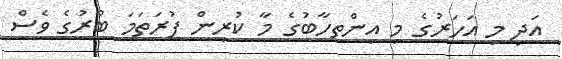
އަދި މި އަހަރުގެ މި އިންތހާބުގެ މާ ކުރިން ފުރަތަމަ ބުރުގެ ވެސް